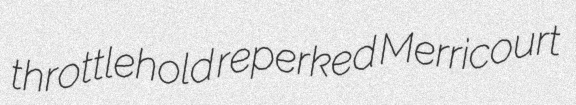
throttlehold reperked Merricourt